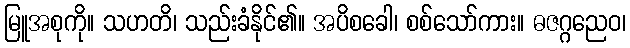
မြူအစုကို။ သဟတိ၊ သည်းခံနိုင်၏။ အပိစခေါ၊ စစ်သော်ကား။ ဓဇဂ္ဂညေဝ၊